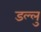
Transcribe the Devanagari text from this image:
डल्लु